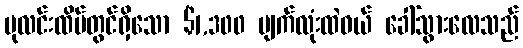
ပုလင်းထိပ်တွင်ရှိသော $1,300 မျက်လုံးထဲဝယ် ခေါ်သွားလေသည်